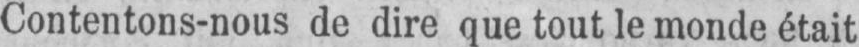
Contentons-nous de dire que tout le monde était